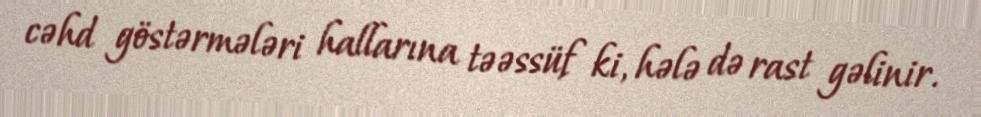
cəhd göstərmələri hallarına təəssüf ki, hələ də rast gəlinir.